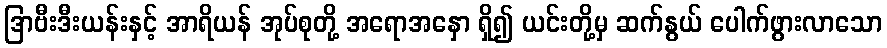
ဒြာဗီးဒီးယန်းနှင့် အာရိယန် အုပ်စုတို့ အရောအနှော ရှိ၍ ယင်းတို့မှ ဆက်နွယ် ပေါက်ဖွားလာသော